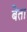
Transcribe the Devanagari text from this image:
बेता